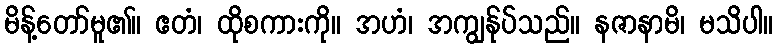
မိန့်တော်မူ၏။ ဧတံ၊ ထိုစကားကို။ အဟံ၊ အကျွန်ုပ်သည်။ နဇာနာမိ၊ မသိပါ။